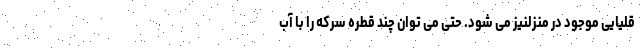
قلیایی موجود در منزلنیز می شود. حتی می توان چند قطره سرکه را با آب